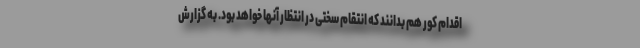
اقدام کور هم بدانند که انتقام سختی در انتظار آنها خواهد بود. به گزارش